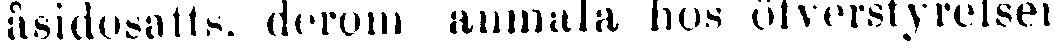
åsidosatts, derom anmäla hos öfverstyrelsen